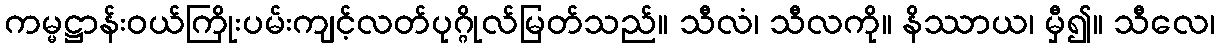
ကမ္မဋ္ဌာန်းဝယ်ကြိုးပမ်းကျင့်လတ်ပုဂ္ဂိုလ်မြတ်သည်။ သီလံ၊ သီလကို။ နိဿာယ၊ မှီ၍။ သီလေ၊